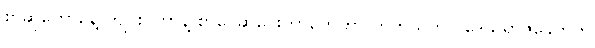
စာဆိုတော်နေ့ ကျင်းပတာနဲ့ စာပေဆုပေးတာတွေဟာ တကယ်က ပဒေသရာဇ်ခေတ်က